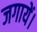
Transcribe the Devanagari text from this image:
जगायें।